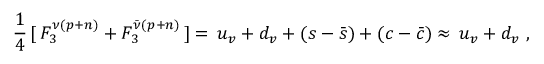
\frac { 1 } { 4 } \, [ \, F _ { 3 } ^ { \nu ( p + n ) } + F _ { 3 } ^ { \bar { \nu } ( p + n ) } \, ] = \, u _ { v } + d _ { v } + ( s - \bar { s } ) + ( c - \bar { c } ) \approx \, u _ { v } + d _ { v } \ ,